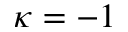
\kappa = - 1